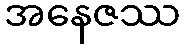
အနေဇဿ